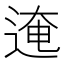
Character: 𰺾